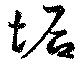
垢